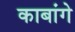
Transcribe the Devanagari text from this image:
काबांगे